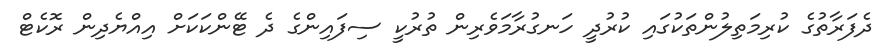
ދެފަރާތުގެ ކުރިމަތިލުންތަކުގައި ކުރުދީ ހަނގުރާމަވެރިން ތުރުކީ ސިފައިންގެ ދެ ޓޭންކަކަށް އިއްޔެދިން ރޮކެޓް